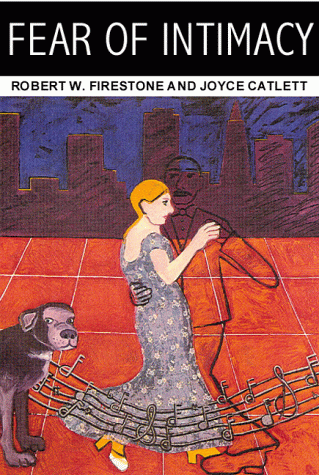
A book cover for Fear of Intimacy; Robert W. Firestone; Health, Fitness & Dieting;